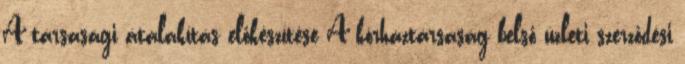
A társasági átalakítás előkészítése A kórháztársaság belső üzleti szerződési